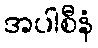
အပါစီနံ